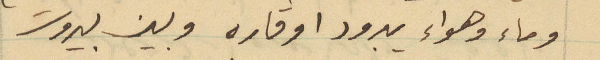
وماء وهواء يبرود او قاره وبين بيروت